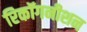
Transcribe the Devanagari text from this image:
रिकॉगनीशन